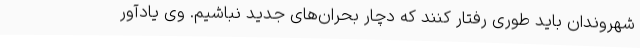
شهروندان باید طوری رفتار کنند که دچار بحران‌های جدید نباشیم. وی یادآور